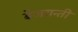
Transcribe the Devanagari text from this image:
बैजयन्‍ती